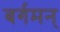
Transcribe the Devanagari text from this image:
बर्गमन्‌